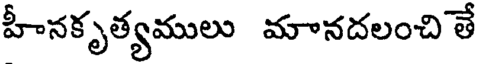
హీనకృత్యములు మానదలంచి తే